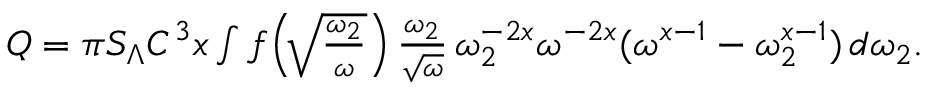
\begin{array} { r } { Q = \pi S _ { \Lambda } C ^ { 3 } x \int f \! \left( \! \sqrt { \frac { \omega _ { 2 } } { \omega } } \right) \frac { \omega _ { 2 } } { \sqrt { \omega } } \, \omega _ { 2 } ^ { - 2 x } \omega ^ { - 2 x } ( \omega ^ { x - 1 } - \omega _ { 2 } ^ { x - 1 } ) \, d \omega _ { 2 } . } \end{array}